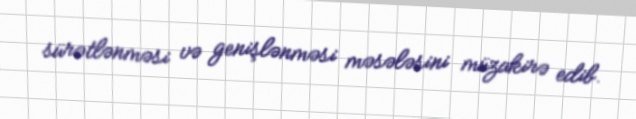
sürətlənməsi və genişlənməsi məsələsini müzakirə edib.